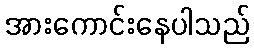
အားကောင်းနေပါသည်